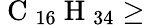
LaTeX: \mathrm{~C~}_{16}\mathrm{~H~}_{34}\geq